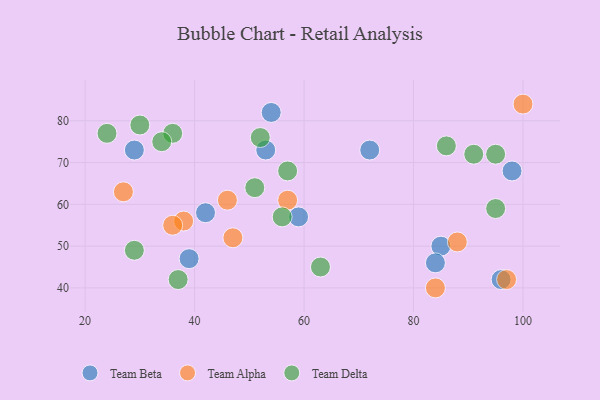
{"axis": {"x": "GDP", "y": "Life Expectancy"}, "legend": ["Team Alpha", "Team Beta", "Team Delta"], "data": [{"x": "39", "y": 47, "type": "Team Beta"}, {"x": "98", "y": 68, "type": "Team Beta"}, {"x": "29", "y": 73, "type": "Team Beta"}, {"x": "59", "y": 57, "type": "Team Beta"}, {"x": "53", "y": 73, "type": "Team Beta"}, {"x": "54", "y": 82, "type": "Team Beta"}, {"x": "96", "y": 42, "type": "Team Beta"}, {"x": "72", "y": 73, "type": "Team Beta"}, {"x": "42", "y": 58, "type": "Team Beta"}, {"x": "85", "y": 50, "type": "Team Beta"}, {"x": "84", "y": 46, "type": "Team Beta"}, {"x": "57", "y": 61, "type": "Team Alpha"}, {"x": "47", "y": 52, "type": "Team Alpha"}, {"x": "88", "y": 51, "type": "Team Alpha"}, {"x": "84", "y": 40, "type": "Team Alpha"}, {"x": "27", "y": 63, "type": "Team Alpha"}, {"x": "97", "y": 42, "type": "Team Alpha"}, {"x": "38", "y": 56, "type": "Team Alpha"}, {"x": "46", "y": 61, "type": "Team Alpha"}, {"x": "100", "y": 84, "type": "Team Alpha"}, {"x": "36", "y": 55, "type": "Team Alpha"}, {"x": "24", "y": 77, "type": "Team Delta"}, {"x": "91", "y": 72, "type": "Team Delta"}, {"x": "57", "y": 68, "type": "Team Delta"}, {"x": "29", "y": 49, "type": "Team Delta"}, {"x": "95", "y": 59, "type": "Team Delta"}, {"x": "56", "y": 57, "type": "Team Delta"}, {"x": "30", "y": 79, "type": "Team Delta"}, {"x": "52", "y": 76, "type": "Team Delta"}, {"x": "51", "y": 64, "type": "Team Delta"}, {"x": "63", "y": 45, "type": "Team Delta"}, {"x": "95", "y": 72, "type": "Team Delta"}, {"x": "37", "y": 42, "type": "Team Delta"}, {"x": "86", "y": 74, "type": "Team Delta"}, {"x": "36", "y": 77, "type": "Team Delta"}, {"x": "34", "y": 75, "type": "Team Delta"}]}